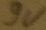
Text: 9V